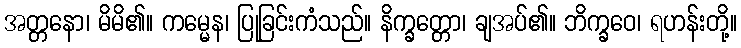
အတ္တနော၊ မိမိ၏။ ကမ္မေန၊ ပြုခြင်းကံသည်။ နိက္ခတ္တော၊ ချအပ်၏။ ဘိက္ခဝေ၊ ရဟန်းတို့။